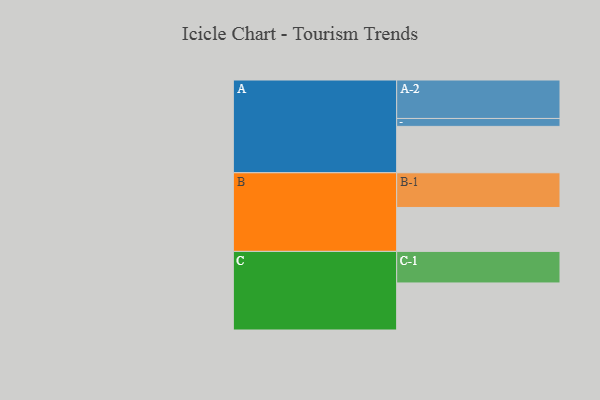
{"axis": {"x": "Segment", "y": "Value"}, "legend": ["", "A", "B", "C"], "data": [{"x": "A", "y": 357, "type": ""}, {"x": "B", "y": 338, "type": ""}, {"x": "C", "y": 362, "type": ""}, {"x": "A-1", "y": 61, "type": "A"}, {"x": "A-2", "y": 296, "type": "A"}, {"x": "B-1", "y": 267, "type": "B"}, {"x": "C-1", "y": 243, "type": "C"}]}